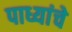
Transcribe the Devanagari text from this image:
पाध्यांचे